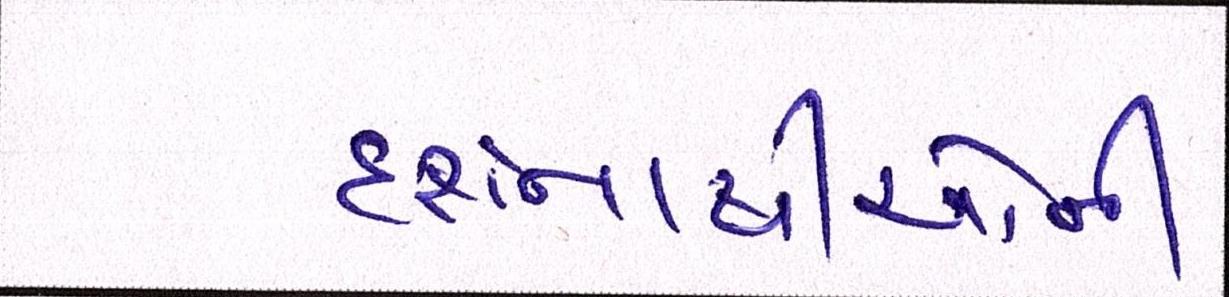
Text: દર્શનાર્થીઓની